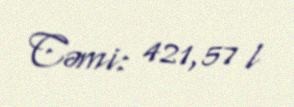
Cəmi: 421,57 l